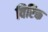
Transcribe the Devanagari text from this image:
विरिक्त